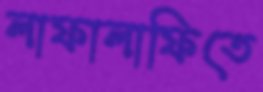
লাফালাফিতে